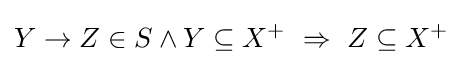
Y\rightarrow Z\in S\land Y\subseteq X^{+}~\Rightarrow ~Z\subseteq X^{+}